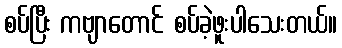
စပ်ပြီး ကဗျာတောင် စပ်ခဲ့ဖူးပါသေးတယ်။